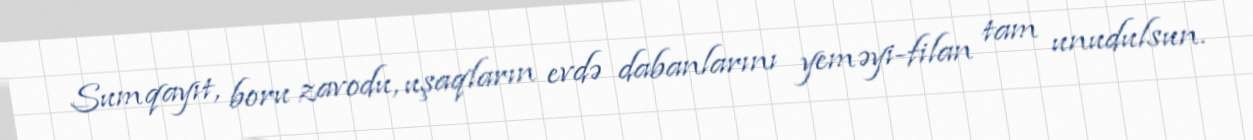
Sumqayıt, boru zavodu, uşaqların evdə dabanlarını yeməyi-filan tam unudulsun.